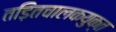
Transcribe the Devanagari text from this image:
तड़ितचालकयुक्त